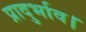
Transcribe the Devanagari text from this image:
प्रादुर्भाव।